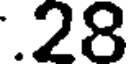
.28